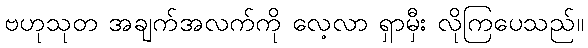
ဗဟုသုတ အချက်အလက်ကို လေ့လာ ရှာမှီး လိုကြပေသည်။